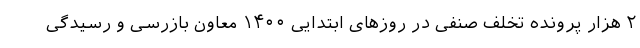
۲ هزار پرونده تخلف صنفی در روزهای ابتدایی ۱۴۰۰ معاون بازرسی و رسیدگی